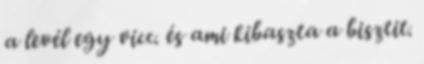
a levél egy vicc. és ami kibaszta a bisztit.